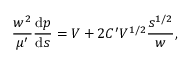
\frac { w ^ { 2 } } { \mu ^ { \prime } } \frac { \mathrm { d } p } { \mathrm { d } s } = V + 2 C ^ { \prime } V ^ { 1 / 2 } \frac { s ^ { 1 / 2 } } { w } ,